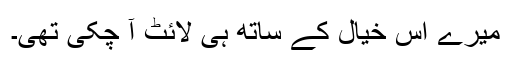
میرے اس خیال کے ساتھ ہی لائٹ آ چکی تھی۔